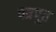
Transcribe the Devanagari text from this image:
पत्रपूत